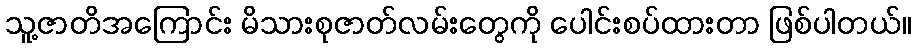
သူ့ဇာတိအကြောင်း မိသားစုဇာတ်လမ်းတွေကို ပေါင်းစပ်ထားတာ ဖြစ်ပါတယ်။